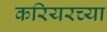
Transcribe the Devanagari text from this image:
करियरच्या